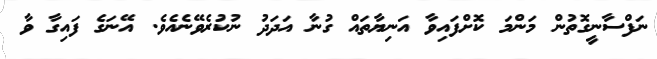
ނަފްސާނީގޮތުން މަންމަ ކޮށްފައިވާ އަނިޔާތައް ގުނާ އަދަދު ނުކުރެވޭނެއެވެ. އޭނަގެ ފައިގާ ވާ